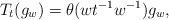
LaTeX: \begin{align*}T_{t}(g_w)=\theta(wt^{-1}w^{-1})g_{w},\end{align*}